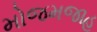
મોજમજાહ